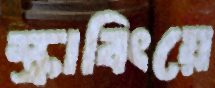
স্ক্রাবিংয়ে